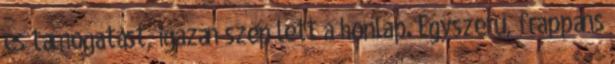
és támogatást, igazán szép lett a honlap. Egyszerű, frappáns